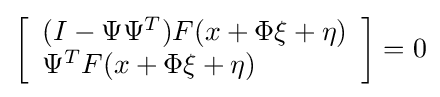
\left[{\begin{array}{l}(I-\Psi \Psi ^{T})F(x+\Phi \xi +\eta )\\\Psi ^{T}F(x+\Phi \xi +\eta )\\\end{array}}\right]=0